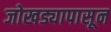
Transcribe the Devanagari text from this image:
जोखड्यापासून